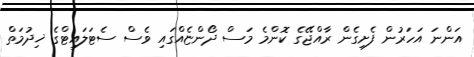
އަންނަ އަހަރުން ފެށިގެން ރާއްޖޭގެ ކޮންމެ މަސް ދޯންޏެއްގައި ވެސް ސެޓަލައިޓްގެ ޚިދުމަތް